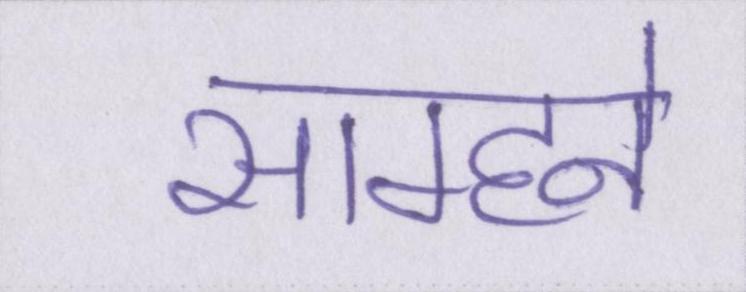
साम्हने